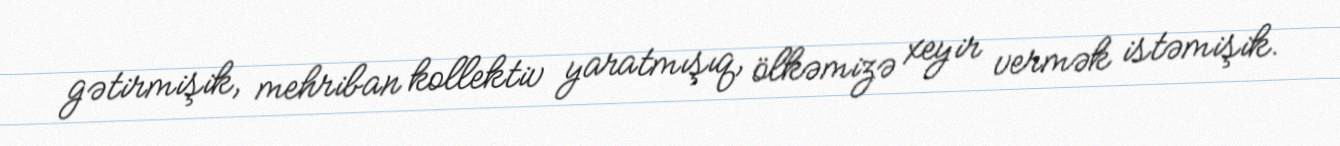
gətirmişik, mehriban kollektiv yaratmışıq, ölkəmizə xeyir vermək istəmişik.